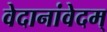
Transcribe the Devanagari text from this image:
वेदानांवेदम्